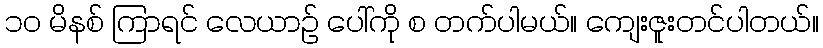
၁၀ မိနစ် ကြာရင် လေယာဉ် ပေါ်ကို စ တက်ပါမယ်။ ကျေးဇူးတင်ပါတယ်။